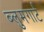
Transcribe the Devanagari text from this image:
ब्लुमगार्ट